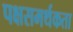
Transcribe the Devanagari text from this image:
पक्षसमर्थकता